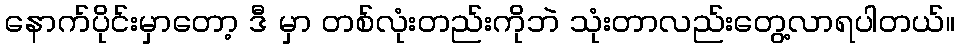
နောက်ပိုင်းမှာတော့ ဒီ မှာ တစ်လုံးတည်းကိုဘဲ သုံးတာလည်းတွေ့လာရပါတယ်။